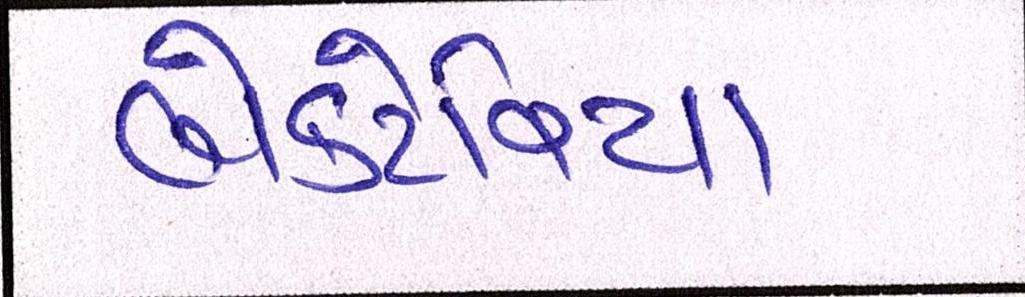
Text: બેક્ટેરિયા